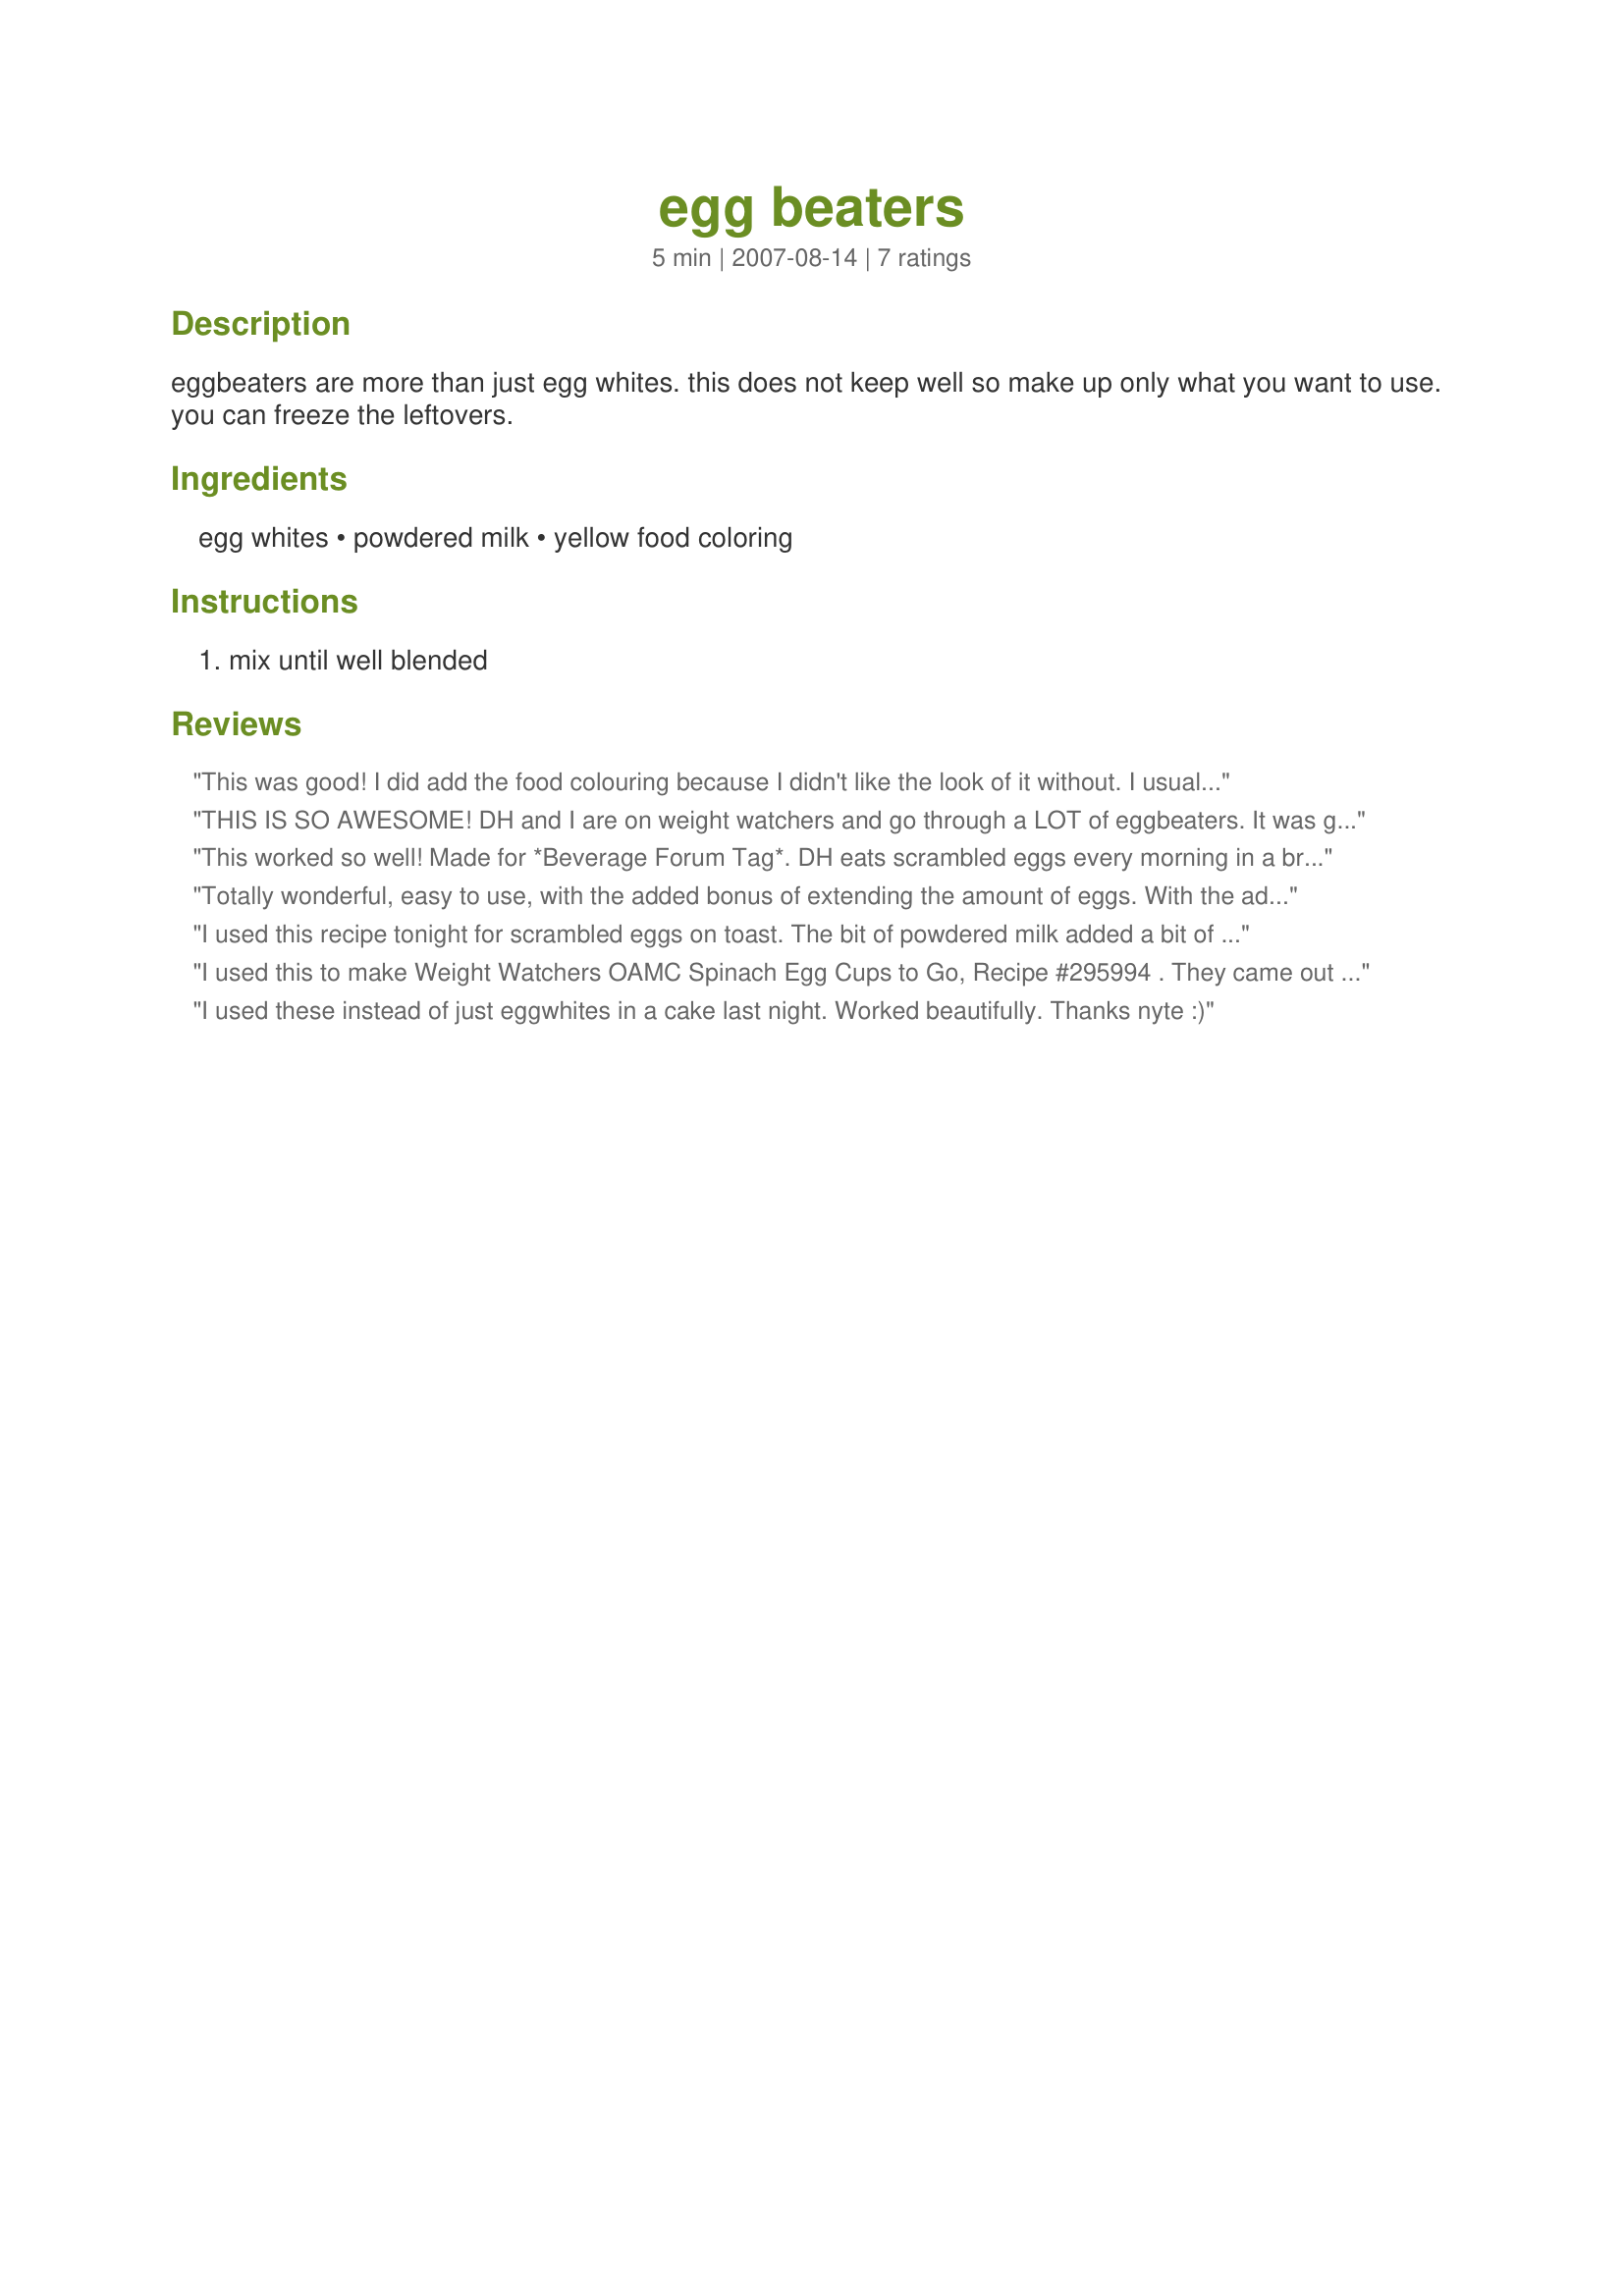
egg beaters
Preparation time: 5 minutes

eggbeaters are more than just egg whites. this does not keep well so make up only what you want to use. you can freeze the leftovers.

Ingredients:
egg whites, powdered milk, yellow food coloring

Steps:
mix until well blended

Reviews:
This was good! I did add the food colouring because I didn't like the look of it without. I usually just scramble plain ol' egg whites, but this tasted better and looked great! Made for Went to the Market tag game. Thanks Nyteglori! :)
THIS IS SO AWESOME! DH and I are on weight watchers and go through a LOT of eggbeaters. It was getting kind of expensive and now we can spend that $ on fruit & veg. THANKS!!
This worked so well! Made for *Beverage Forum Tag*. DH eats scrambled eggs every morning in a breakfast taco so he is definitely an egg expert and he could not tell the difference between this and the normal 'like eggs' that he eats. Never again will I buy the expensive egg substitutes! Thank you Nyteglori for saving Mama money and keeping Daddy happy! GREAT recipe!
Totally wonderful, easy to use, with the added bonus of extending the amount of eggs. With the advent of high prices for food items, I don't always want to throw out egg yolks, however; I saved this for later use today, and was able to enjoy this as a scrambled egg this morning. I also did not add food coloring, and it turned out perfectly. Just a hint of salt and pepper at the end and presto eggs to go! Thank you so much Nyteglori!
I used this recipe tonight for scrambled eggs on toast. The bit of powdered milk added a bit of richness to my egg whites without the calories and cholesterol of yolks. I did not add food coloring as my only yellow dye is an electric/acid, not appealing for this purpose. Thanks Nyte.
I used this to make Weight Watchers OAMC Spinach Egg Cups to Go, Recipe #295994 . They came out PERFECT. I love knowing exactly what's in my food, and this was a wondful solution, PLUS it is much cheaper than the commercial product. Thank you so much for sharing!
I used these instead of just eggwhites in a cake last night. Worked beautifully. Thanks nyte :)
